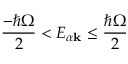
\frac { - \hbar \Omega } { 2 } < E _ { \alpha \mathbf { k } } \leq \frac { \hbar \Omega } { 2 }